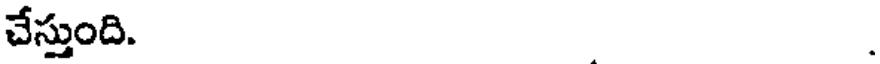
చేస్తుంది. .